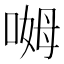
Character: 𫪰